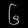
Digit: ၆